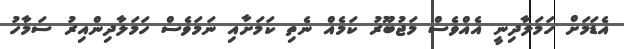
އެޑަމަށް ހަމަލާދިނީ އެއްވެސް މަޖުބޫރު ކަމެއް ނެތި ކަމަށާއި ނަމަވެސް ހަމަލާދިންއިރު ސަމާހު